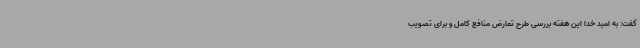
گفت: به امید خدا این هفته بررسی طرح تعارض منافع کامل و برای تصویب